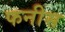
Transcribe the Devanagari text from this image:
फनीस